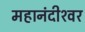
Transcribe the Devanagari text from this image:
महानंदीश्‍वर